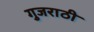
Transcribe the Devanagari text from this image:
गुजराठी